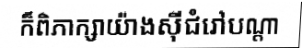
ក៏ពិភាក្សាយ៉ាងស៊ីជំរៅបណ្តា